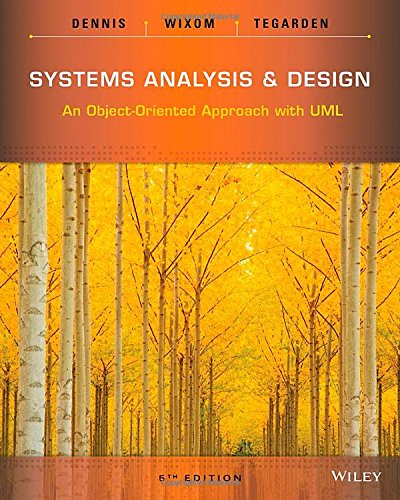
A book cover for Systems Analysis and Design: An Object-Oriented Approach with UML; Alan Dennis; Computers & Technology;